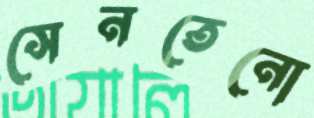
সেনতেনো